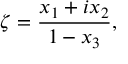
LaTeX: \zeta = { \frac { x _ { 1 } + i x _ { 2 } } { 1 - x _ { 3 } } } ,